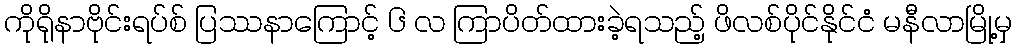
ကိုရိုနာဗိုင်းရပ်စ် ပြဿနာကြောင့် ၆ လ ကြာပိတ်ထားခဲ့ရသည့် ဖိလစ်ပိုင်နိုင်ငံ မနီလာမြို့မှ